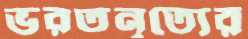
ভরতনৃত্যের